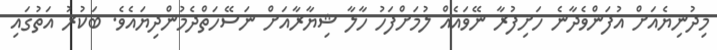
މިދުނިޔެއަށް އުފަންވެދާނެ ހަށިފުރާ ނޭވައެއް ލުމަށްފަހު ހާލާ ޝިޔާރާއަށް ނަސޭހަތްދެމުންދިޔައެވެ. ބަކުރު އަތުގައި